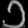
Digit: ၁